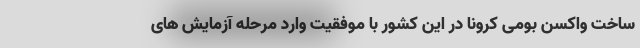
ساخت واکسن بومی کرونا در این کشور با موفقیت وارد مرحله آزمایش های